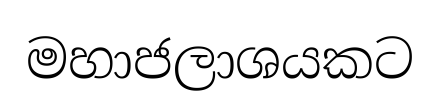
මහාජලාශයකට